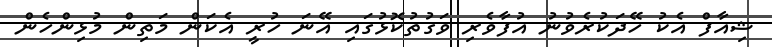
ޝިއާފް އެކު ހޭދަކުރެވުނު އުފާވެރި ވަގުތުކޮޅުގައި އޭނަ ހުރީ އެކަން މަތިން މުޅިންހެން